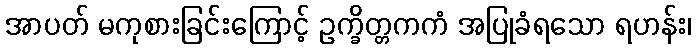
အာပတ် မကုစားခြင်းကြောင့် ဥက္ခိတ္တကကံ အပြုခံရသော ရဟန်း၊